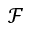
\mathcal F